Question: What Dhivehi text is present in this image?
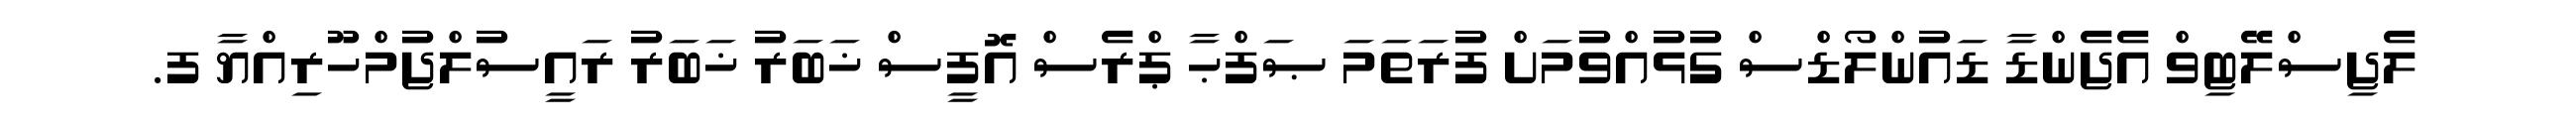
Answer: ލެޖިސްލޭޓިވް އެޖެންޑާ ޑައުންލޯޑްސް ގުޅުއްވުމަށް ފުރަތަމަ ޞަފްޙާ ޕްރެސް އޮފީސް ޚަބަރު ޚަބަރު ރައީސުލްޖުމްހޫރިއްޔާ ފ.